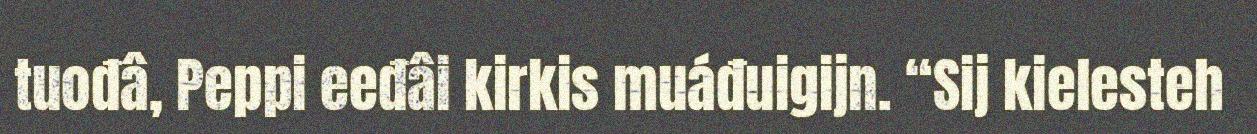
tuođâ, Peppi eeđâi kirkis muáđuigijn. “Sij kielesteh